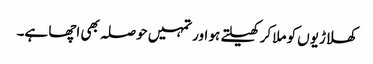
کھلاڑیوں کو ملا کر کھیلتے ہو اور تمہیں حوصلہ بھی اچھا ہے۔